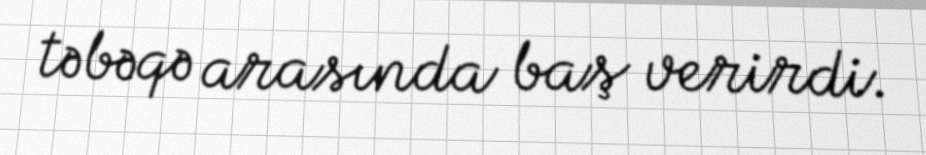
təbəqə arasında baş verirdi.